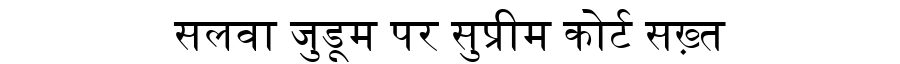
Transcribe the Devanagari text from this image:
सलवा जुडूम पर सुप्रीम कोर्ट सख़्त